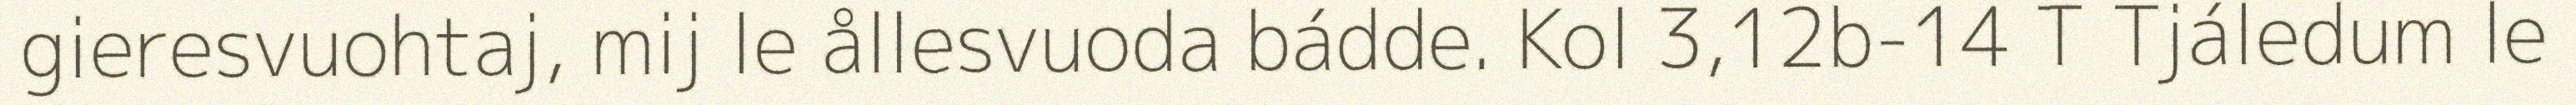
gieresvuohtaj, mij le ållesvuoda bádde. Kol 3,12b-14 T Tjáledum le